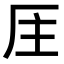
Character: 𠩈